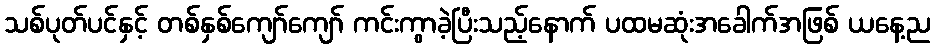
သစ်ပုတ်ပင်နှင့် တစ်နှစ်ကျော်ကျော် ကင်းကွာခဲ့ပြီးသည့်နောက် ပထမဆုံးအခေါက်အဖြစ် ယနေ့ည